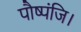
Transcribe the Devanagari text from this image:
पौष्पंजि।